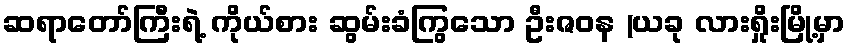
ဆရာတော်ကြီးရဲ့ ကိုယ်စား ဆွမ်းခံကြွသော ဦးဇဝန (ယခု လားရှိုးမြို့မှာ